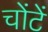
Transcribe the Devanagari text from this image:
चोंटें